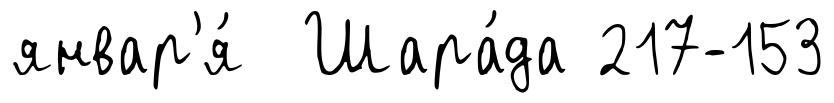
январ'я́ Шара́да 217-153